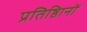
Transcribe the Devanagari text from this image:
प्रतिष्ठिानों